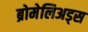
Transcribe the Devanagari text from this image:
ब्रोमेलिअड्स